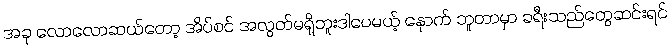
အခု လောလောဆယ်တော့ အိပ်စင် အလွတ်မရှိဘူးဒါပေမယ့် နောက် ဘူတာမှာ ခရီးသည်တွေဆင်းရင်